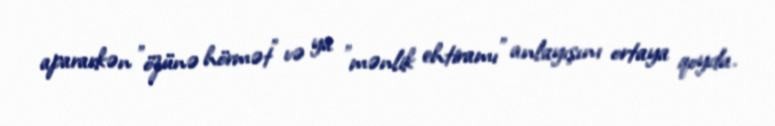
apararkən "özünə hörmət" və ya "mənlik ehtiramı" anlayışını ortaya qoydu.